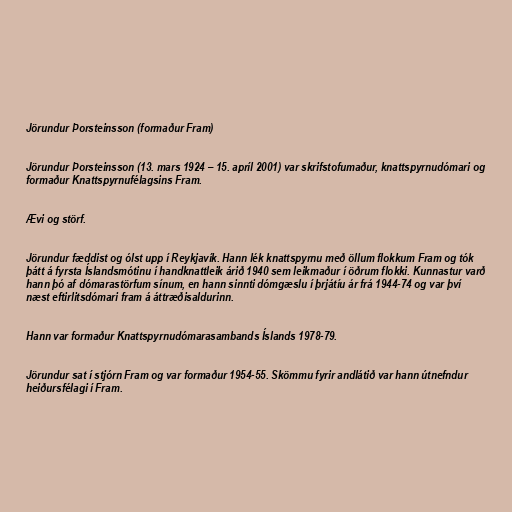
Jörundur Þorsteinsson (formaður Fram)

Jörundur Þorsteinsson (13. mars 1924 – 15. apríl 2001) var skrifstofumaður, knattspyrnudómari og
formaður Knattspyrnufélagsins Fram.

Ævi og störf.

Jörundur fæddist og ólst upp í Reykjavík. Hann lék knattspyrnu með öllum flokkum Fram og tók
þátt á fyrsta Íslandsmótinu í handknattleik árið 1940 sem leikmaður í öðrum flokki. Kunnastur varð
hann þó af dómarastörfum sínum, en hann sinnti dómgæslu í þrjátíu ár frá 1944-74 og var því
næst eftirlitsdómari fram á áttræðisaldurinn.

Hann var formaður Knattspyrnudómarasambands Íslands 1978-79.

Jörundur sat í stjórn Fram og var formaður 1954-55. Skömmu fyrir andlátið var hann útnefndur
heiðursfélagi í Fram.